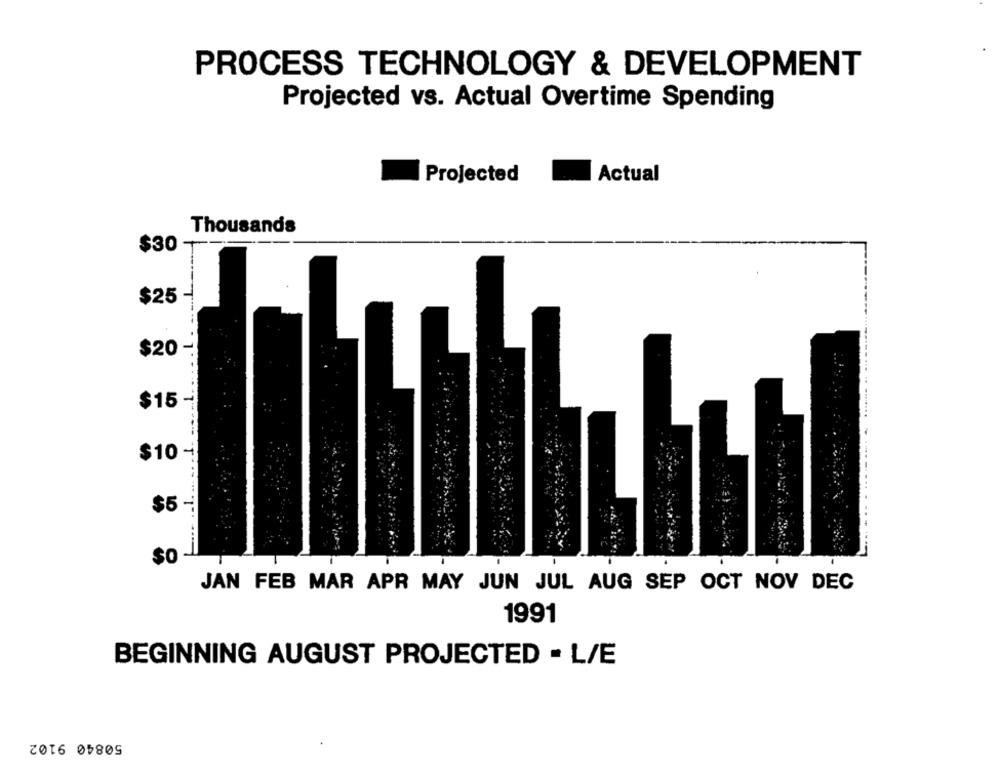
PROCESS TECHNOLOGY & DEVELOPMENT
Projected vs. Actual Overtime Spending
Projected
Actual
Thousands
$30 +
T
$O
JAN FEB MAR APR MAY JUN JUL AUG SEP OCT NOV DEC
1991
BEGINNING AUGUST PROJECTED - L/E
50840 9102